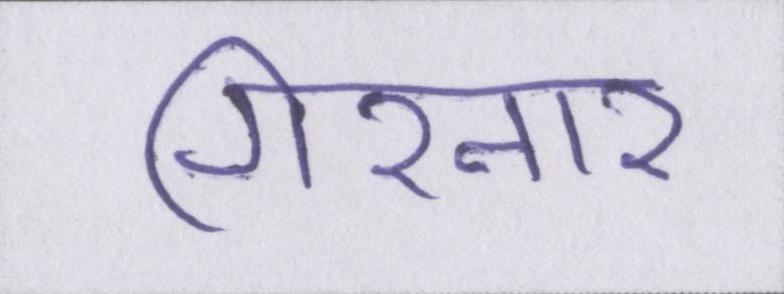
गिरनार